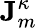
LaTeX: \mathbf{J}_{m}^{\kappa}